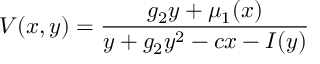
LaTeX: V ( x , y ) = \frac { g _ { 2 } y + \mu _ { 1 } ( x ) } { y + g _ { 2 } y ^ { 2 } - c x - I ( y ) }